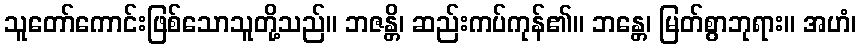
သူတော်ကောင်းဖြစ်သောသူတို့သည်။ ဘဇန္တိ၊ ဆည်းကပ်ကုန်၏။ ဘန္တေ၊ မြတ်စွာဘုရား။ အဟံ၊